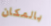
بالمكان